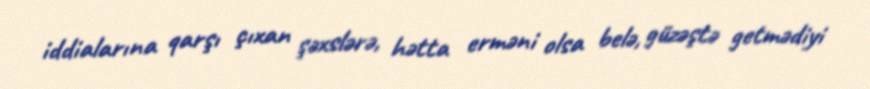
iddialarına qarşı çıxan şəxslərə, hətta erməni olsa belə, güzəştə getmədiyi